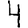
Digit: 4